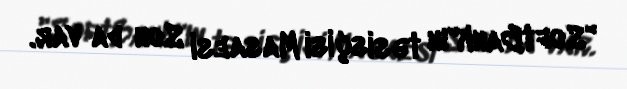
"SoftBank"ın təsisçisi Masaesi Son da var.